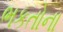
ભકતોના